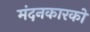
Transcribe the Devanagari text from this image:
मंदनकारकों